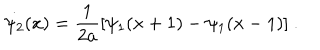
LaTeX: \dot { \psi _ { 2 } } ( x ) = \frac { 1 } { 2 a } [ \psi _ { 1 } ( x + 1 ) - \psi _ { 1 } ( x - 1 ) ] \ .